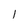
Character: 1